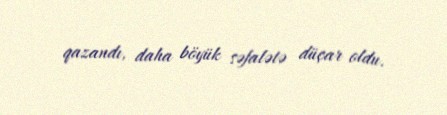
qazandı, daha böyük səfalətə düçar oldu.